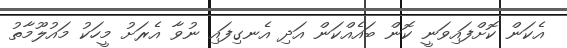
އެކަން ކޮށްފައިވަނީ ކޮން ބައެއްކަން އަދި އެނގިފައި ނުވާ އެރަށު މީހަކު މައުލޫމާތު